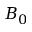
B _ { 0 }